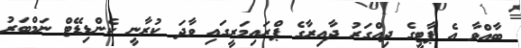
ބާއްވާ އެ ޕާޓީގެ ދިއްގަރު ދާއިރާގެ ޕްރައިމަރީގައި ވާދަ ކުރާނީ ކެންޑިޑޭޓް ނަމްބަރު